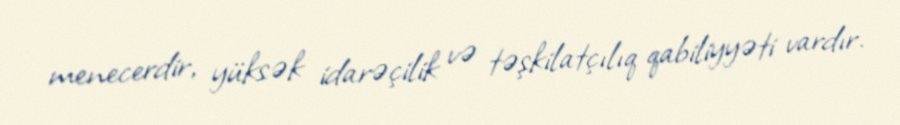
menecerdir, yüksək idarəçilik və təşkilatçılıq qabiliyyəti vardır.